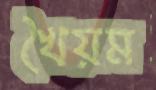
খৈয়ম